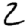
Digit: 2